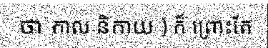
ថា កាល និកាយ ) ក៏ ព្រោះតែ